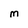
Character: M